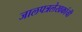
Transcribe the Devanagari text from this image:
जालपत्रलेखकांची